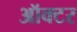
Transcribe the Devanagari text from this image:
ऑक्टर